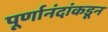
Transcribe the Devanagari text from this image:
पूर्णानंदांकडून